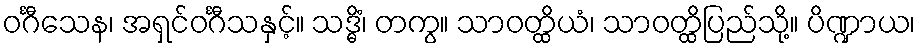
ဝင်္ဂီသေန၊ အရှင်ဝင်္ဂီသနှင့်။ သဒ္ဓိံ၊ တကွ။ သာဝတ္ထိယံ၊ သာဝတ္ထိပြည်သို့။ ပိဏ္ဍာယ၊